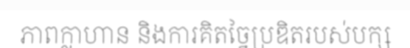
ភាពក្លាហាន និងការគិតច្នៃប្រឌិតរបស់បក្ស